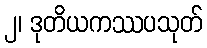
၂၊ ဒုတိယကဿပသုတ်